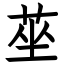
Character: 莝